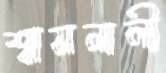
শ্বাসনালী